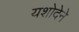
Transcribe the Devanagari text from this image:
यशोदेने